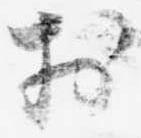
於